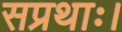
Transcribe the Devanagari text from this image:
सप्रथाः।